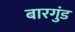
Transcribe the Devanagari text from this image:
बारगुंड